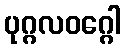
ပုဂ္ဂလဝဂ္ဂေါ